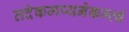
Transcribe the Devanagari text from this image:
तदेकमप्यनेकम्त्वं